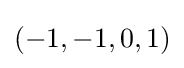
(-1,-1,0,1)